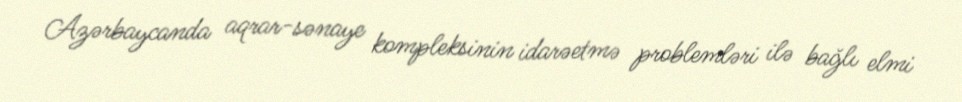
Azərbaycanda aqrar-sənaye kompleksinin idarəetmə problemləri ilə bağlı elmi